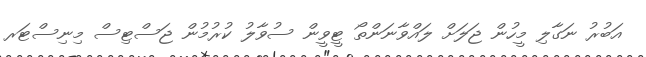
އަބުރު ނަގާލި މީހުން ޖަލަށް ލައްވާނަންތޯ ޓީވީން ސުވާލު ކުރުމުން ޖަސްޓިސް މިނިސްޓަރ